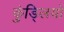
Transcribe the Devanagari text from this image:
कुंड्लियों